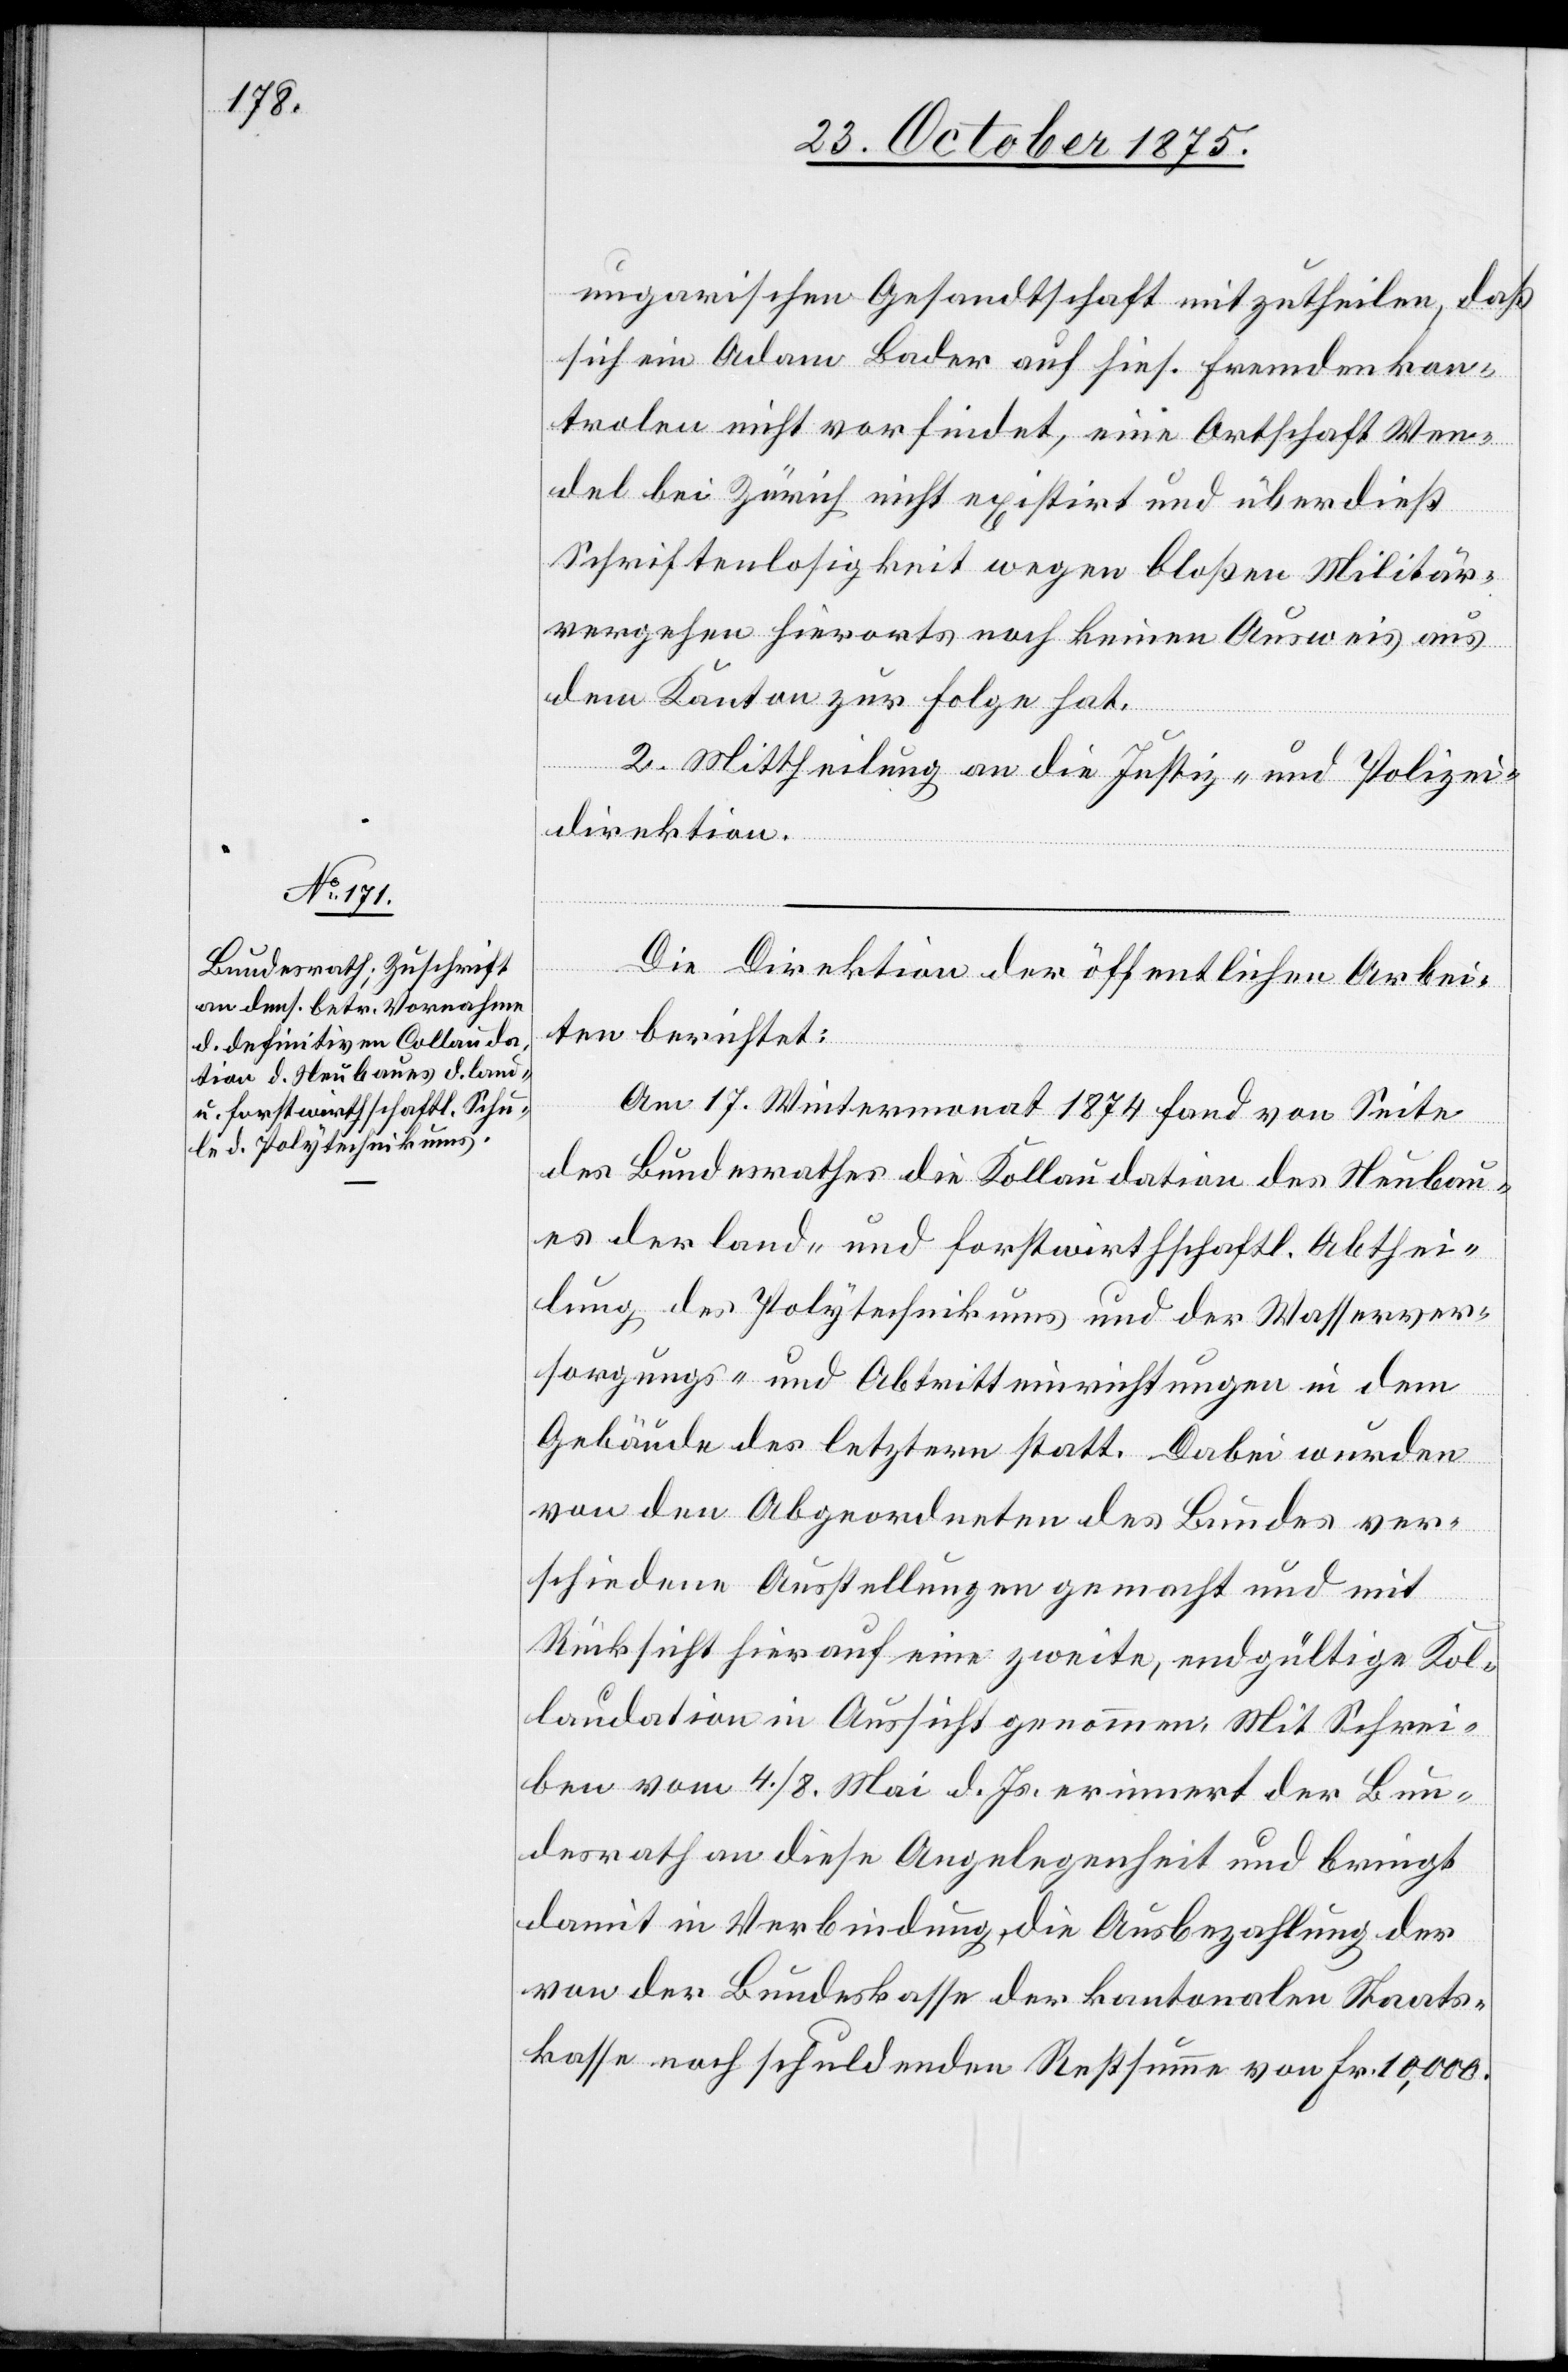
ungarischen Gesandtschaft mitzutheilen, daß
sich ein Adam Bader auf hies. Fremdenkon¬
trolen nicht vorfindet, eine Ortschaft Wen¬
del bei Zürich nicht existirt und überdieß
Schriftenlosigkeit wegen bloßen Militär¬
vergehen hierorts noch keinen Ausweis aus
dem Kanton zur Folge hat.
2. Mittheilung an die Justiz- und Polizei¬
direktion.
Die Direktion der öffentlichen Arbei¬
ten berichtet:
Am 17. Wintermonat 1874 fand von Seite
des Bundesrathes die Kollaudation des Neubau¬
es der land- und forstwirthschaftl. Abthei¬
lung des Polytechnikums und der Wasserver¬
sorgungs- und Abtritteinrichtungen in dem
Gebäude des letztern statt. Dabei wurden
von den Abgeordneten des Bundes ver¬
schiedene Ausstellungen gemacht und mit
Rücksicht hierauf eine zweite, endgültige Kol¬
laudation in Aussicht genommen. Mit Schrei¬
ben vom 4./8. Mai d. Js. erinnert der Bun¬
desrath an diese Angelegenheit und bringt
damit in Verbindung die Ausbezahlung der
von der Bundeskasse der kantonalen Staats¬
kasse noch schuldenden Restsumme von Fr. 10,000.